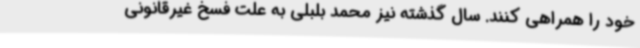
خود را همراهی کنند. سال گذشته نیز محمد بلبلی به علت فسخ غیرقانونی